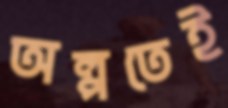
অল্পতেই